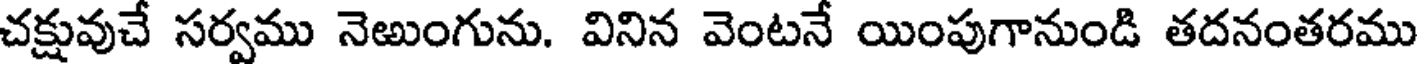
చక్షువుచే సర్వము నెఱుంగును. వినిన వెంటనే యింపుగానుండి తదనంతరము